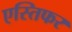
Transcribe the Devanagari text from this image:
एस्तिफर